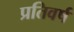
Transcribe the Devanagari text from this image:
प्रतिवर्ष